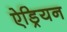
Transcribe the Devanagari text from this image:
ऐड्रियन